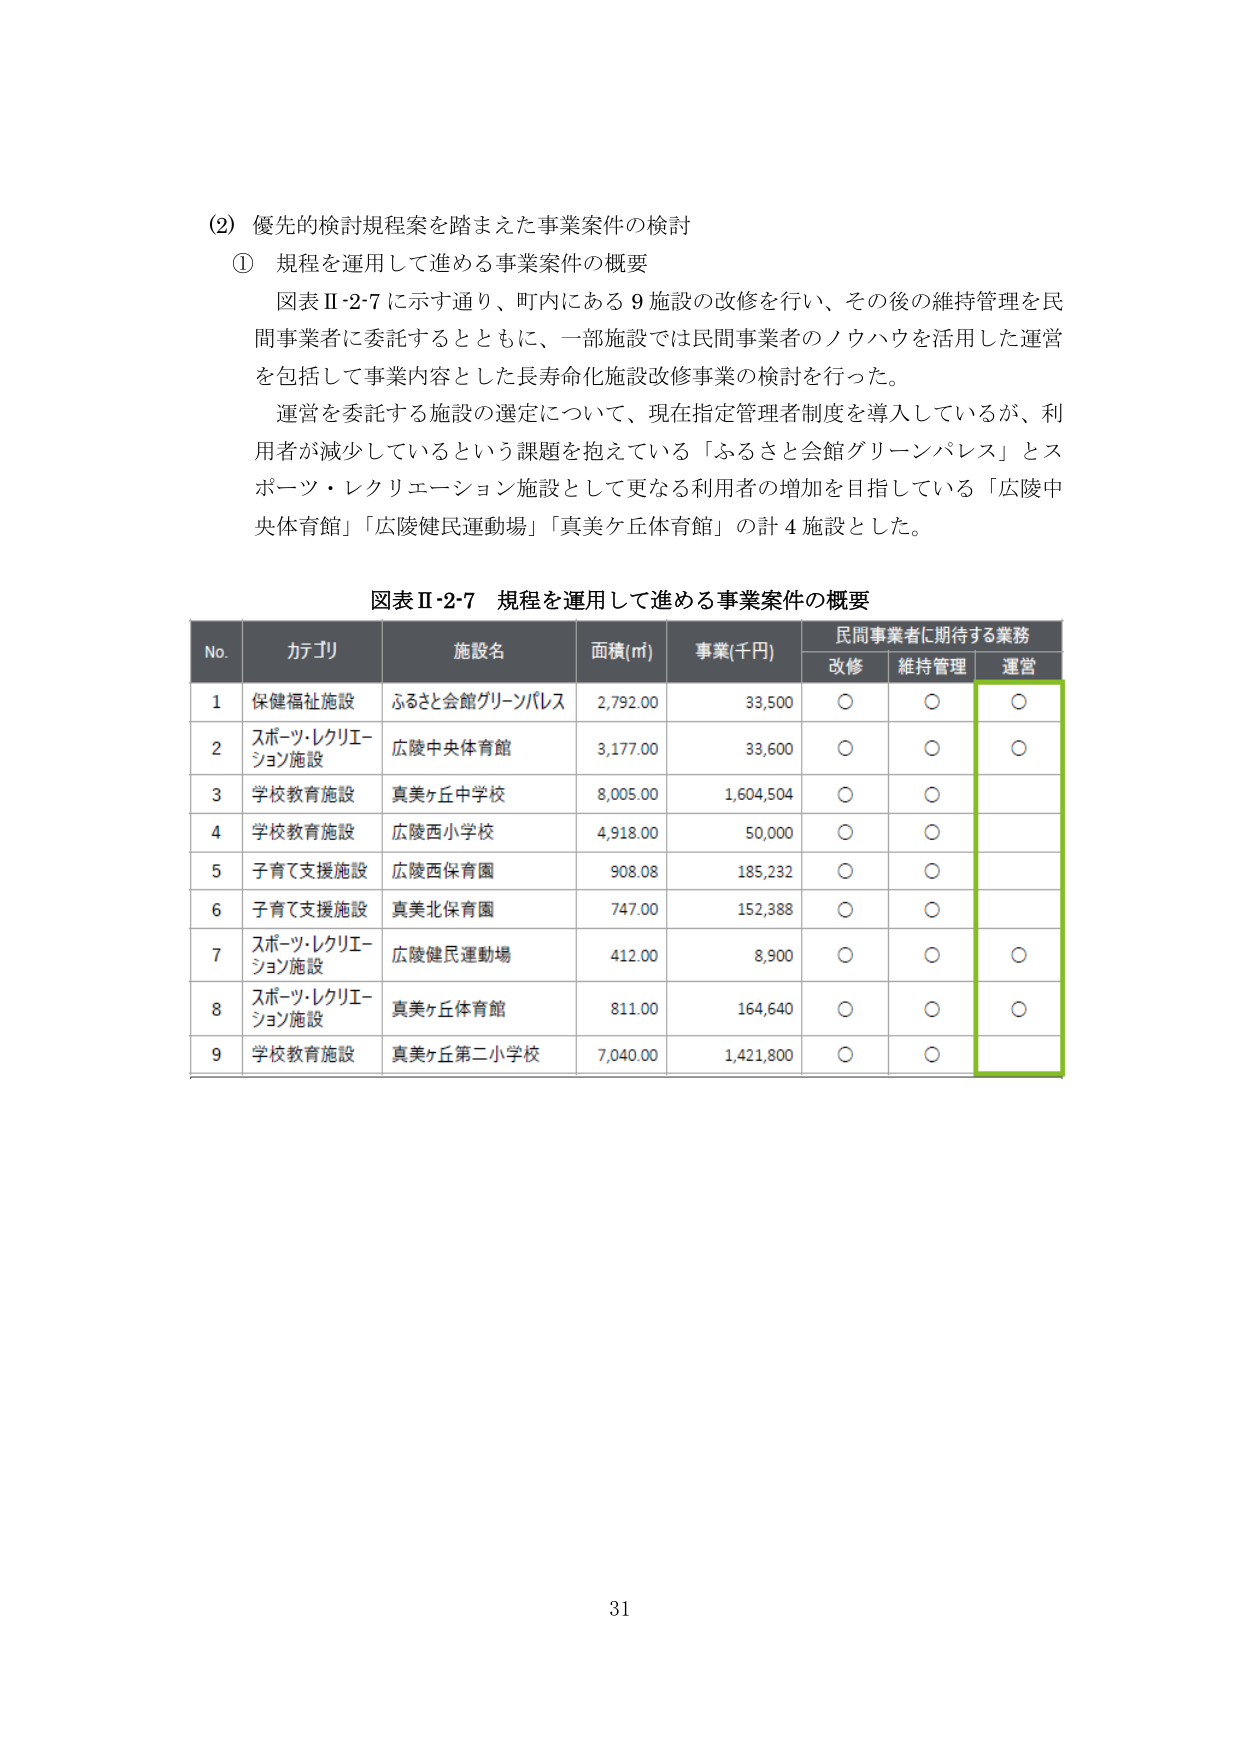
(2) 優先的検討規程案を踏まえた事業案件の検討
① 規程を運用して進める事業案件の概要
図表Ⅱ-2-7に示す通り、町内にある9施設の改修を行い、その後の維持管理を民間事業者に委託するとともに、一部施設では民間事業者のノウハウを活用した運営を包括して事業内容とした長寿命化施設改修事業の検討を行った。
運営を委託する施設の選定について、現在指定管理者制度を導入しているが、利用者が減少しているという課題を抱えている「ふるさと会館グリーンパレス」とスポーツ・レクリエーション施設として更なる利用者の増加を目指している「広陵中央体育館」「広陵健民運動場」「真美ケ丘体育館」の計4施設とした。

図表Ⅱ-2-7 規程を運用して進める事業案件の概要

No. カテゴリ 施設名 面積(㎡) 事業(千円) 民間事業者に期待する業務
　　　　　　　　　　　　　　　　　　　改修 維持管理 運営
1 保健福祉施設 ふるさと会館グリーンパレス 2,792.00 33,500 ○ ○ ○
2 スポーツ・レクリエーション施設 広陵中央体育館 3,177.00 33,600 ○ ○ ○
3 学校教育施設 真美ケ丘中学校 8,005.00 1,604,504 ○ ○
4 学校教育施設 広陵西小学校 4,918.00 50,000 ○ ○
5 子育て支援施設 広陵西保育園 908.08 185,232 ○ ○
6 子育て支援施設 真美北保育園 747.00 152,388 ○ ○
7 スポーツ・レクリエーション施設 広陵健民運動場 412.00 8,900 ○ ○ ○
8 スポーツ・レクリエーション施設 真美ケ丘体育館 811.00 164,640 ○ ○ ○
9 学校教育施設 真美ケ丘第二小学校 7,040.00 1,421,800 ○ ○

31